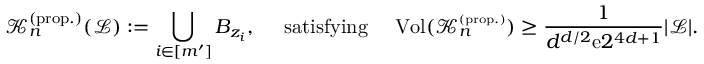
{ \mathcal K } _ { n } ^ { ( \mathrm { p r o p . } ) } ( { \mathcal L } ) : = \bigcup _ { i \in [ m ^ { \prime } ] } B _ { z _ { i } } , \quad \mathrm { ~ s a t i s f y i n g ~ } \quad \mathrm { V o l } ( { \mathcal K } _ { n } ^ { \scriptscriptstyle ( \mathrm { p r o p . } ) } ) \ge \frac { 1 } { d ^ { d / 2 } { \mathrm e } 2 ^ { 4 d + 1 } } | { \mathcal L } | .